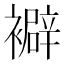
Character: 𧞃